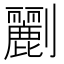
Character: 𠠫